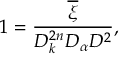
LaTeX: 1 = \frac { \overline { { { \xi } } } } { D _ { k } ^ { 2 n } D _ { \alpha } D ^ { 2 } } ,